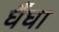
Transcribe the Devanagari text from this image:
घैंघा